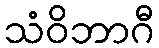
သံဝိဘာဂီ